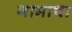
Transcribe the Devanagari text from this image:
गामाचा